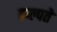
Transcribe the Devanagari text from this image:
कल्पते